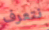
نتعرف